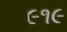
૯૧૯